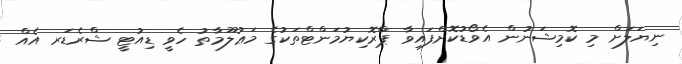
ނިޔަލަށް މި ކޮމިޝަނުން އެވޯޑުކޮށްފައިވާ ޕްރޮކިޔުމަންޓްތަކުގެ މަޢުލޫމާތު ހެވީ ޑިއުޓީ ޝްރެޑަރ އެއް